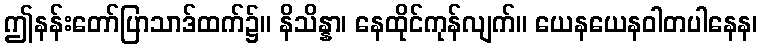
ဤနန်းတော်ပြာသာဒ်ထက်၌။ နိသိန္နာ၊ နေထိုင်ကုန်လျက်။ ယေနယေနဝါတပါနေန၊